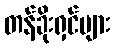
တန်ခိုးရှင်များ